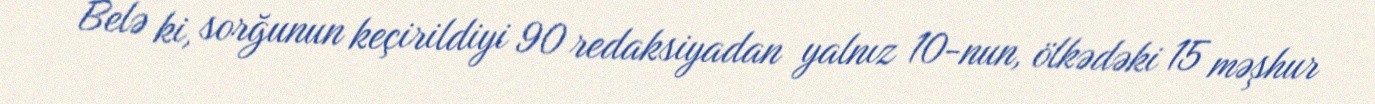
Belə ki, sorğunun keçirildiyi 90 redaksiyadan yalnız 10-nun, ölkədəki 15 məşhur